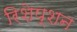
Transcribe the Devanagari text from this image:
रिशेप्शन